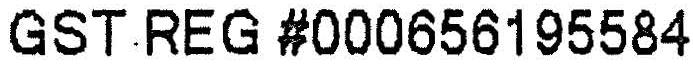
GST REG #000656195584